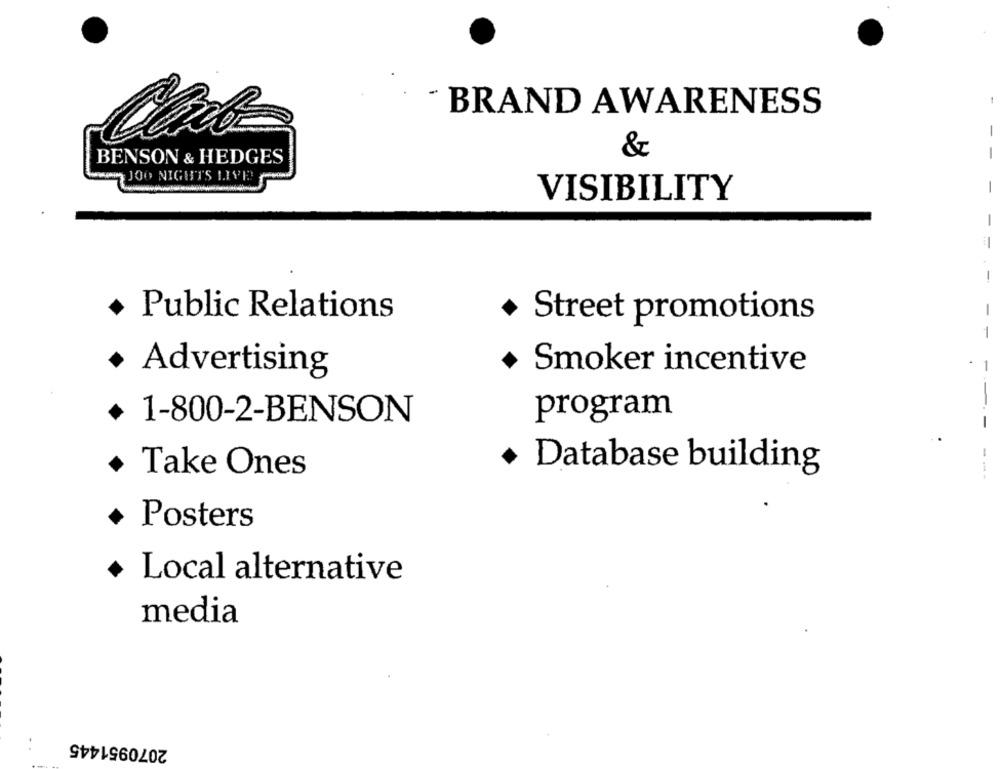
-
1
BRAND AWARENESS
1
&
-
BENSON & HEDGES
JOO NIGHTS LIVE
1
VISIBILITY
-
-
Public Relations
Street promotions
Smoker incentive
· Advertising
program
+ 1-800-2-BENSON
-----
Database building
· Take Ones
+ Posters
Local alternative
media
2070951445